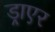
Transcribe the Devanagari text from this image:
ड्राएर